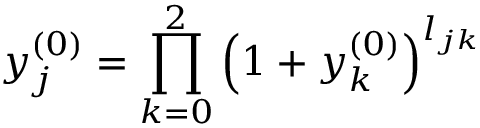
y _ { j } ^ { ( 0 ) } = \prod _ { k = 0 } ^ { 2 } \left( 1 + y _ { k } ^ { ( 0 ) } \right) ^ { l _ { j k } }